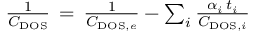
\begin{array} { r } { \frac { 1 } { C _ { \mathrm { D O S } } } \, = \, \frac { 1 } { C _ { \mathrm { D O S } , e } } - \sum _ { i } \frac { \alpha _ { i } \, t _ { i } } { C _ { \mathrm { D O S } , i } } } \end{array}